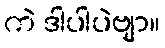
ကဲ ဒါပါပဲဗျာ။